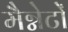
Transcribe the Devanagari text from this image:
मैग्नेटों